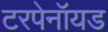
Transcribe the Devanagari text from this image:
टरपेनॉयड